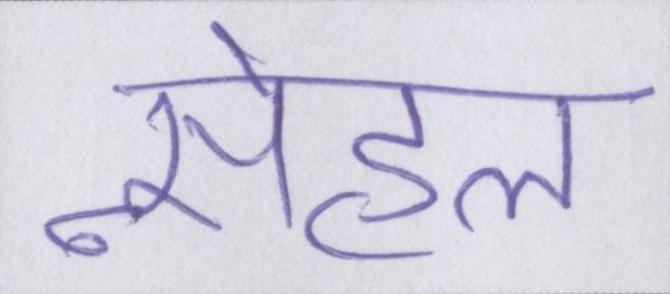
स्नेहल